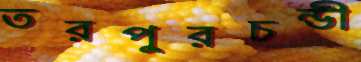
তরপুরচন্ডী